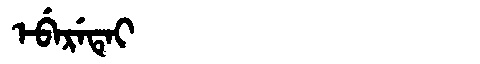
Manchu: ᡝᠪᡝᡵᡝᡨᡝᡳ
Romanization: EBERETEI